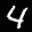
Label: 4